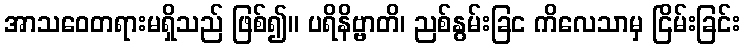
အာသဝေတရားမရှိသည် ဖြစ်၍။ ပရိနိဗ္ဗာတိ၊ ညစ်နွမ်းခြင ကိလေသာမှ ငြိမ်းခြင်း